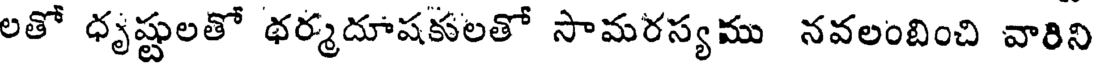
లతో ధృష్టులతో థర్మదూషకులతో సామరస్యము నవలంబించి వారిని